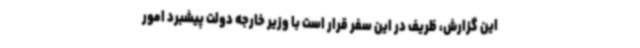
این گزارش، ظریف در این سفر قرار است با وزیر خارجه دولت پیشبرد امور